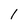
Character: 1